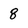
Character: 8